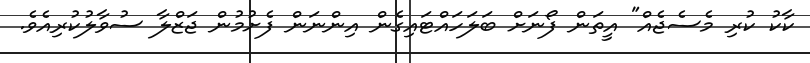
ކާކު ކުރި މެސެޖެއް" އީތަން ފޯނަށް ބަލަހައްޓައިގެން އިންނަން ފެށުމުން ޖަޒްލާ ސުވާލުކުރިއެވެ.